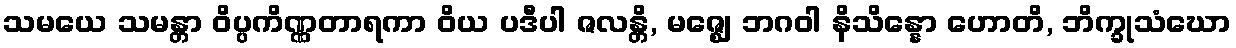
သမယေ သမန္တာ ဝိပ္ပကိဏ္ဏတာရကာ ဝိယ ပဒီပါ ဇလန္တိ, မဇ္ဈေ ဘဂဝါ နိသိန္နော ဟောတိ, ဘိက္ခုသံဃော